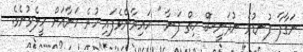
ނަގާފާ ފުނޑުވެ ނުދަނީސް ހިތް ފަނާ " ހައިރާންވެފައި ހުރެ ހަނާއަށް ހީލެވުނެވެ.